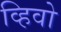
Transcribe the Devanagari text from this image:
व्हिवो